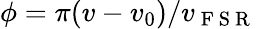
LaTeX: \phi=\pi(v-v_{0})/v_{\mathrm{~F~S~R~}}